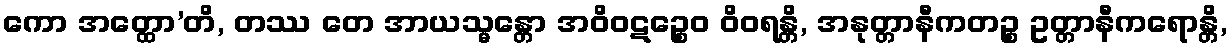
ကော အတ္ထော’တိ, တဿ တေ အာယသ္မန္တော အဝိဝဋဉ္စေဝ ဝိဝရန္တိ, အနုတ္တာနီကတဉ္စ ဥတ္တာနီကရောန္တိ,